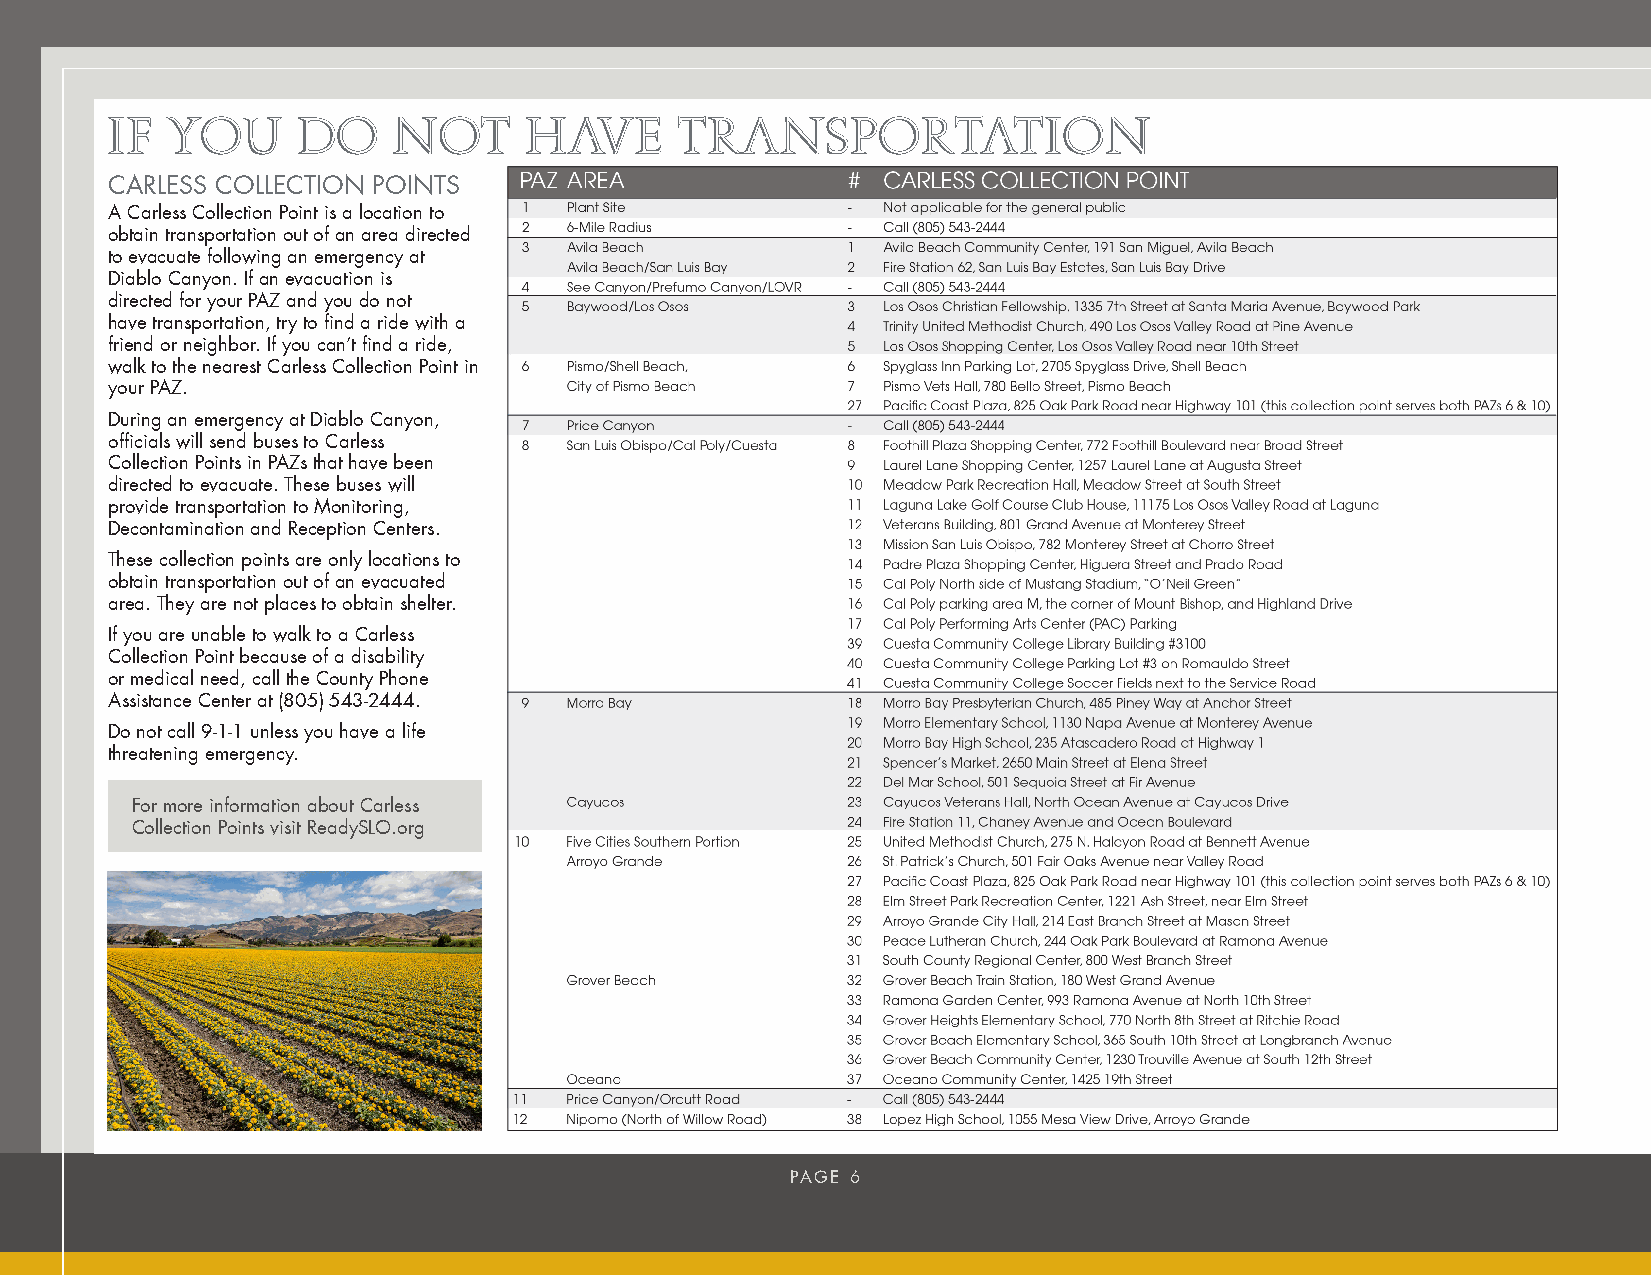
IF  YOU      DO    NOT      HAVE      TRANSPORTATION
 CARLESS COLLECTION POINTS
 A Carless Collection Point is a location to
 obtain transportation out of an area directed
 to evacuate following an emergency at
 Diablo Canyon. If an evacuation is
 directed for your PAZ and you do not
 have transportation, try to find a ride with a
 friend or neighbor. If you can’t find a ride,
 walk to the nearest Carless Collection Point in
 your PAZ.
 During an emergency at Diablo Canyon,
 officials will send buses to Carless
 Collection Points in PAZs that have been
 directed to evacuate. These buses will
 provide transportation to Monitoring,
 Decontamination and Reception Centers.
 These collection points are only locations to
 obtain transportation out of an evacuated
 area. They are not places to obtain shelter.
 If you are unable to walk to a Carless
 Collection Point because of a disability
 or medical need, call the County Phone
 Assistance Center at (805) 543-2444.
 Do not call 9-1-1 unless you have a life
 threatening emergency.
 For more information about Carless
 Collection Points visit ReadySLO.org
 PAGE 6